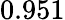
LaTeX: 0.951